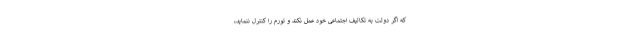
که اگر دولت به تکالیف اجتماعی خود عمل نکند و تورم را کنترل ننماید،